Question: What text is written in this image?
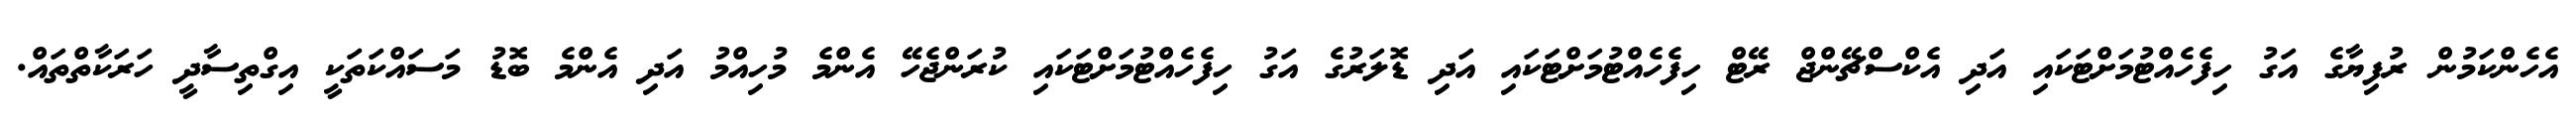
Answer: އެހެންކަމުން ރުފިޔާގެ އަގު ހިފެހެއްޓުމަށްޓަކައި އަދި އެކްސްޗޭންޖް ރޭޓް ހިފެހެއްޓުމަށްޓަކައި އަދި ޑޮލަރުގެ އަގު ހިފެހެއްޓުމަށްޓަކައި ކުރަންޖެހޭ އެންމެ މުހިއްމު އަދި އެންމެ ބޮޑު މަސައްކަތަކީ އިގްތިސާދީ ހަރަކާތްތައް.